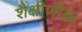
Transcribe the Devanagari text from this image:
शैक्षीणीक